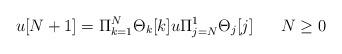
LaTeX: \begin{align*} u[N+1]=\Pi^{N}_{k=1} \Theta_{k}[k] u \Pi^{1}_{j=N}\Theta_{j}[j] \;\;\;\; \;\; N \geq 0\end{align*}